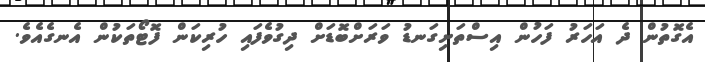
އެގޮތުން ދެ އަހަރު ފަހުން އިސްތަށިގަނޑު ވަރަށްބޮޑަށް ދިގުވެފައި ހުރިކަން ފޮޓޯތަކުން އެނގެއެވެ.